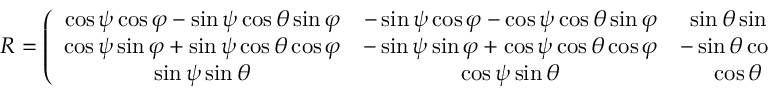
\begin{array} { r } { R = \left( \begin{array} { c c c } { \cos \psi \cos \varphi - \sin \psi \cos \theta \sin \varphi } & { - \sin \psi \cos \varphi - \cos \psi \cos \theta \sin \varphi } & { \sin \theta \sin \varphi } \\ { \cos \psi \sin \varphi + \sin \psi \cos \theta \cos \varphi } & { - \sin \psi \sin \varphi + \cos \psi \cos \theta \cos \varphi } & { - \sin \theta \cos \varphi } \\ { \sin \psi \sin \theta } & { \cos \psi \sin \theta } & { \cos \theta } \end{array} \right) } \end{array}